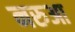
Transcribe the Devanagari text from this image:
नरुआ